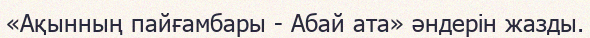
«Ақынның пайғамбары - Абай ата» әндерін жазды.